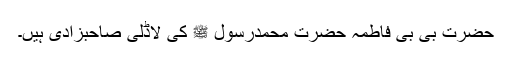
حضرت بی بی فاطمہؓ حضرت محمدرسول ﷺ کی لاڈلی صاحبزادی ہیں۔